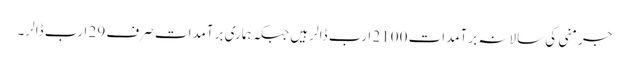
جرمنی کی سالانہ برآمدات 2100 ارب ڈالر ہیں جبکہ ہماری برآمدات صرف 29 ارب ڈالر۔